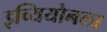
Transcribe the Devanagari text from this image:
इच्यियोनला